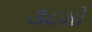
૩૮મો